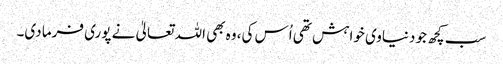
سب کچھ جو دنیاوی خواہش تھی اُس کی، وہ بھی اللہ تعالیٰ نے پوری فرما دی۔